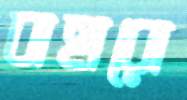
বাহারো